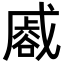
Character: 𮙏